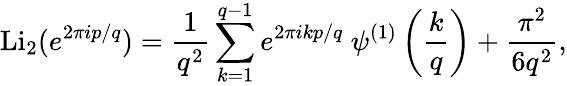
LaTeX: \mathrm{Li}_{2}(e^{2\pi ip/q})=\frac{1}{q^{2}}\sum_{k=1}^{q-1}e^{2\pi ikp/q}~\psi^{(1)}\left(\frac{k}{q}\right)+\frac{\pi^{2}}{6q^{2}},